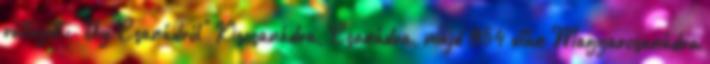
változott: „Uy Csanádról" Kiscsanádra, Csanádra, majd 1954 után Magyarcsanádra